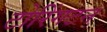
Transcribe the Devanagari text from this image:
टोरिंगटन